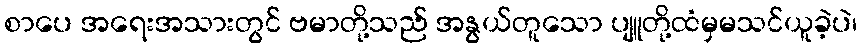
စာပေ အရေးအသားတွင် ဗမာတို့သည် အနွယ်တူသော ပျူတို့ထံမှမသင်ယူခဲ့ပဲ၊